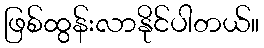
ဖြစ်ထွန်းလာနိုင်ပါတယ်။